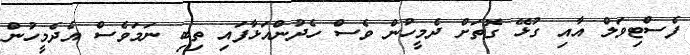
ފެސްޓިވަލް އާއި ގުޅޭ ގޮތަށް ދެމީހުން ވެސް ހެދުންއަޅާފައި ތިބި ނަމަވެސް އެދެމީހުން